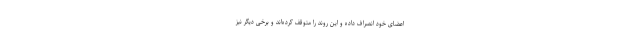
اعضای خود انصراف داده و این روند را متوقف کرده‌اند و برخی دیگر نیز